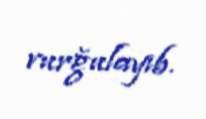
vurğulayıb.